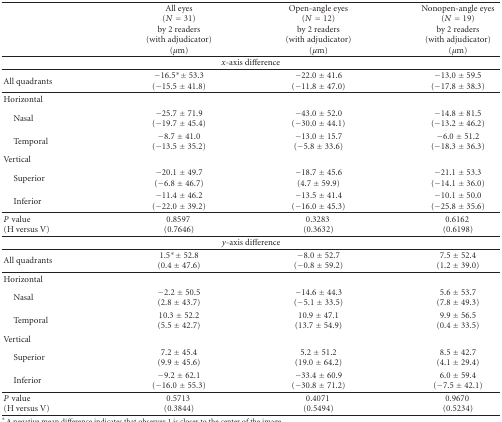
<table><thead><tr><td><b> </b></td><td><b>All eyes(<i>N</i> = 31)by 2 readers(with adjudicator) (<i>μ</i>m)</b></td><td><b>Open-angle eyes(<i>N</i> = 12)by 2 readers(with adjudicator)(<i>μ</i>m)</b></td><td><b>Nonopen-angle eyes(<i>N</i> = 19)by 2 readers(with adjudicator) (<i>μ</i>m)</b></td></tr></thead><tbody><tr><td colspan="4"><i>x</i>-axis difference</td></tr><tr><td>All quadrants</td><td>−16.5* ± 53.3(−15.5 ± 41.8)</td><td>−22.0 ± 41.6(−11.8 ± 47.0)</td><td>−13.0 ± 59.5(−17.8 ± 38.3)</td></tr><tr><td>Horizontal</td><td> </td><td> </td><td> </td></tr><tr><td> Nasal</td><td>−25.7 ± 71.9(−19.7 ± 45.4)</td><td>−43.0 ± 52.0(−30.0 ± 44.1)</td><td>−14.8 ± 81.5(−13.2 ± 46.2)</td></tr><tr><td> Temporal</td><td>−8.7 ± 41.0(−13.5 ± 35.2)</td><td>−13.0 ± 15.7(−5.8 ± 33.6)</td><td>−6.0 ± 51.2(−18.3 ± 36.3)</td></tr><tr><td>Vertical</td><td> </td><td> </td><td> </td></tr><tr><td> Superior</td><td>−20.1 ± 49.7(−6.8 ± 46.7)</td><td>−18.7 ± 45.6(4.7 ± 59.9)</td><td>−21.1 ± 53.3(−14.1 ± 36.0)</td></tr><tr><td> Inferior</td><td>−11.4 ± 46.2(−22.0 ± 39.2)</td><td>−13.5 ± 41.4(−16.0 ± 45.3)</td><td>−10.1 ± 50.0(−25.8 ± 35.6)</td></tr><tr><td><i>P</i>value (H versus V)</td><td>0.8597 (0.7646)</td><td>0.3283 (0.3632)</td><td>0.6162 (0.6198)</td></tr><tr><td colspan="4"><i>y</i>-axis difference</td></tr><tr><td>All quadrants</td><td>1.5* ± 52.8(0.4 ± 47.6)</td><td>−8.0 ± 52.7(−0.8 ± 59.2)</td><td>7.5 ± 52.4(1.2 ± 39.0)</td></tr><tr><td>Horizontal</td><td> </td><td> </td><td> </td></tr><tr><td> Nasal</td><td>−2.2 ± 50.5(2.8 ± 43.7)</td><td>−14.6 ± 44.3(−5.1 ± 33.5)</td><td>5.6 ± 53.7(7.8 ± 49.3)</td></tr><tr><td> Temporal</td><td>10.3 ± 52.2(5.5 ± 42.7)</td><td>10.9 ± 47.1(13.7 ± 54.9)</td><td>9.9 ± 56.5(0.4 ± 33.5)</td></tr><tr><td>Vertical</td><td> </td><td> </td><td> </td></tr><tr><td> Superior</td><td>7.2 ± 45.4(9.9 ± 45.6)</td><td>5.2 ± 51.2(19.0 ± 64.2)</td><td>8.5 ± 42.7(4.1 ± 29.4)</td></tr><tr><td> Inferior</td><td>−9.2 ± 62.1(−16.0 ± 55.3)</td><td>−33.4 ± 60.9(−30.8 ± 71.2)</td><td>6.0 ± 59.4(−7.5 ± 42.1)</td></tr><tr><td><i>P</i>value(H versus V)</td><td>0.5713 (0.3844)</td><td>0.4071 (0.5494)</td><td>0.9670 (0.5234)</td></tr></tbody></table>